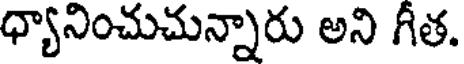
ధ్యానించుచున్నారు అని గీత.